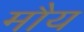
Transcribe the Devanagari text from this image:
मौय